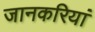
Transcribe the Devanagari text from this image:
जानकरियां